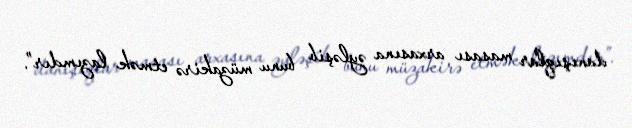
danışıqlar masası arxasına əyləşib bunu müzakirə etmək lazımdır”.